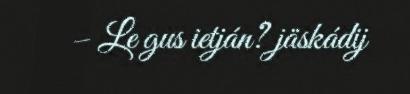
– Le gus ietján? jäskádij